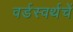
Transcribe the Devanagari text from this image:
वर्डस्वर्थचें